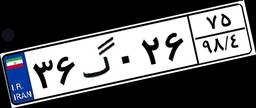
۳۶گ۰۲۶۷۵